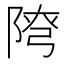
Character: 𨺕